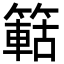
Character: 䉐